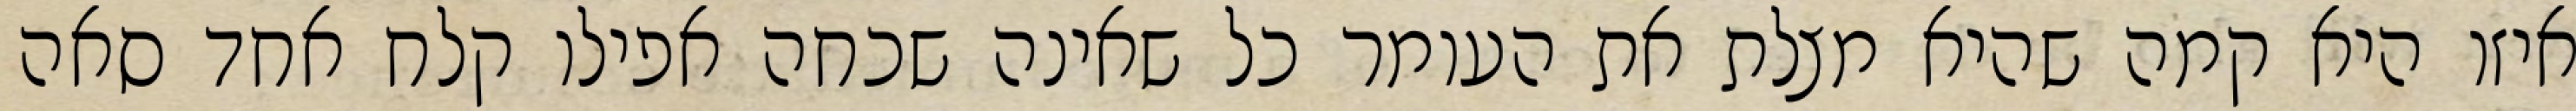
איזו היא קמה שהיא מצלת את העומר כל שאינה שכחה אפילו קלח אחד סאה